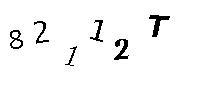
82112T